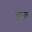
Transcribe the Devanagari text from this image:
छानच